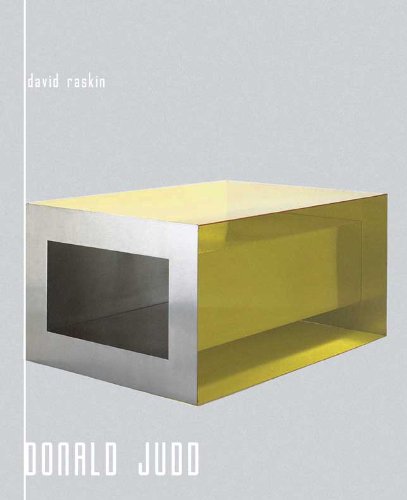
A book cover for Donald Judd; David Raskin; Arts & Photography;